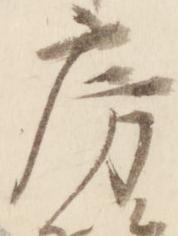
房